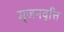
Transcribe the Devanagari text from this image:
सृजनवृत्ति